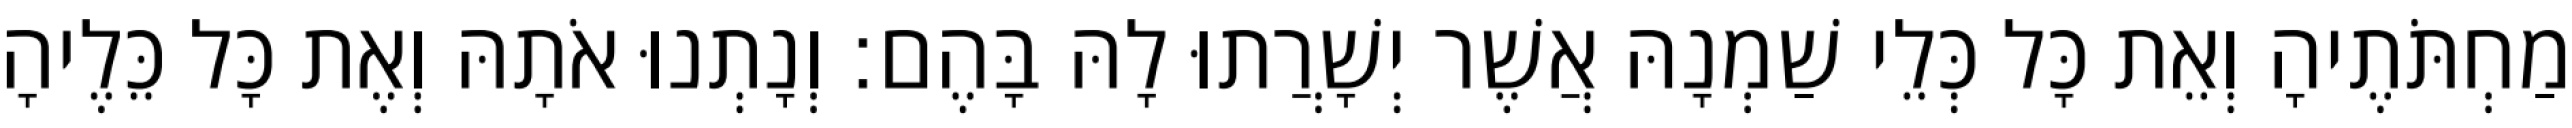
מַחְתֹּתֶיהָ וְאֵת כָּל כְּלֵי שַׁמְנָהּ אֲשֶׁר יְשָׁרֲתוּ לָהּ בָּהֶם׃ וְנָתְנוּ אֹתָהּ וְאֶת כָּל כֵּלֶיהָ